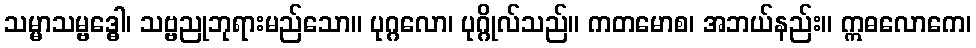
သမ္မာသမ္ဗဒ္ဓေါ၊ သဗ္ဗညုဘုရားမည်သော။ ပုဂ္ဂလော၊ ပုဂ္ဂိုလ်သည်။ ကတမောစ၊ အဘယ်နည်း။ ဣဓလောကေ၊